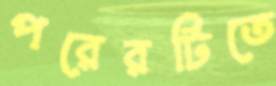
পরেরটিতে